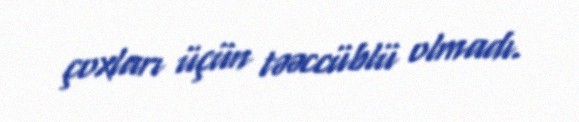
çoxları üçün təəccüblü olmadı.